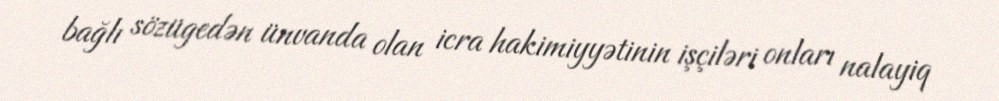
bağlı sözügedən ünvanda olan icra hakimiyyətinin işçiləri onları nalayiq